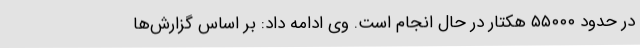
در حدود ۵۵۰۰۰ هکتار در حال انجام است. وی ادامه داد: بر اساس گزارش‌ها